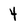
Character: 4